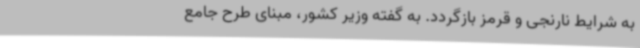
به شرایط نارنجی و قرمز بازگردد. به گفته وزیر کشور، مبنای طرح جامع